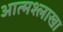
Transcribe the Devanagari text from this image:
आत्मश्लाखा